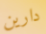
دارين